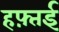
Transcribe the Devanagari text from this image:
हफ़्तई